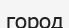
город